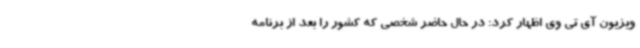
ویزیون آی تی وی اظهار کرد: در حال حاضر شخصی که کشور را بعد از برنامه